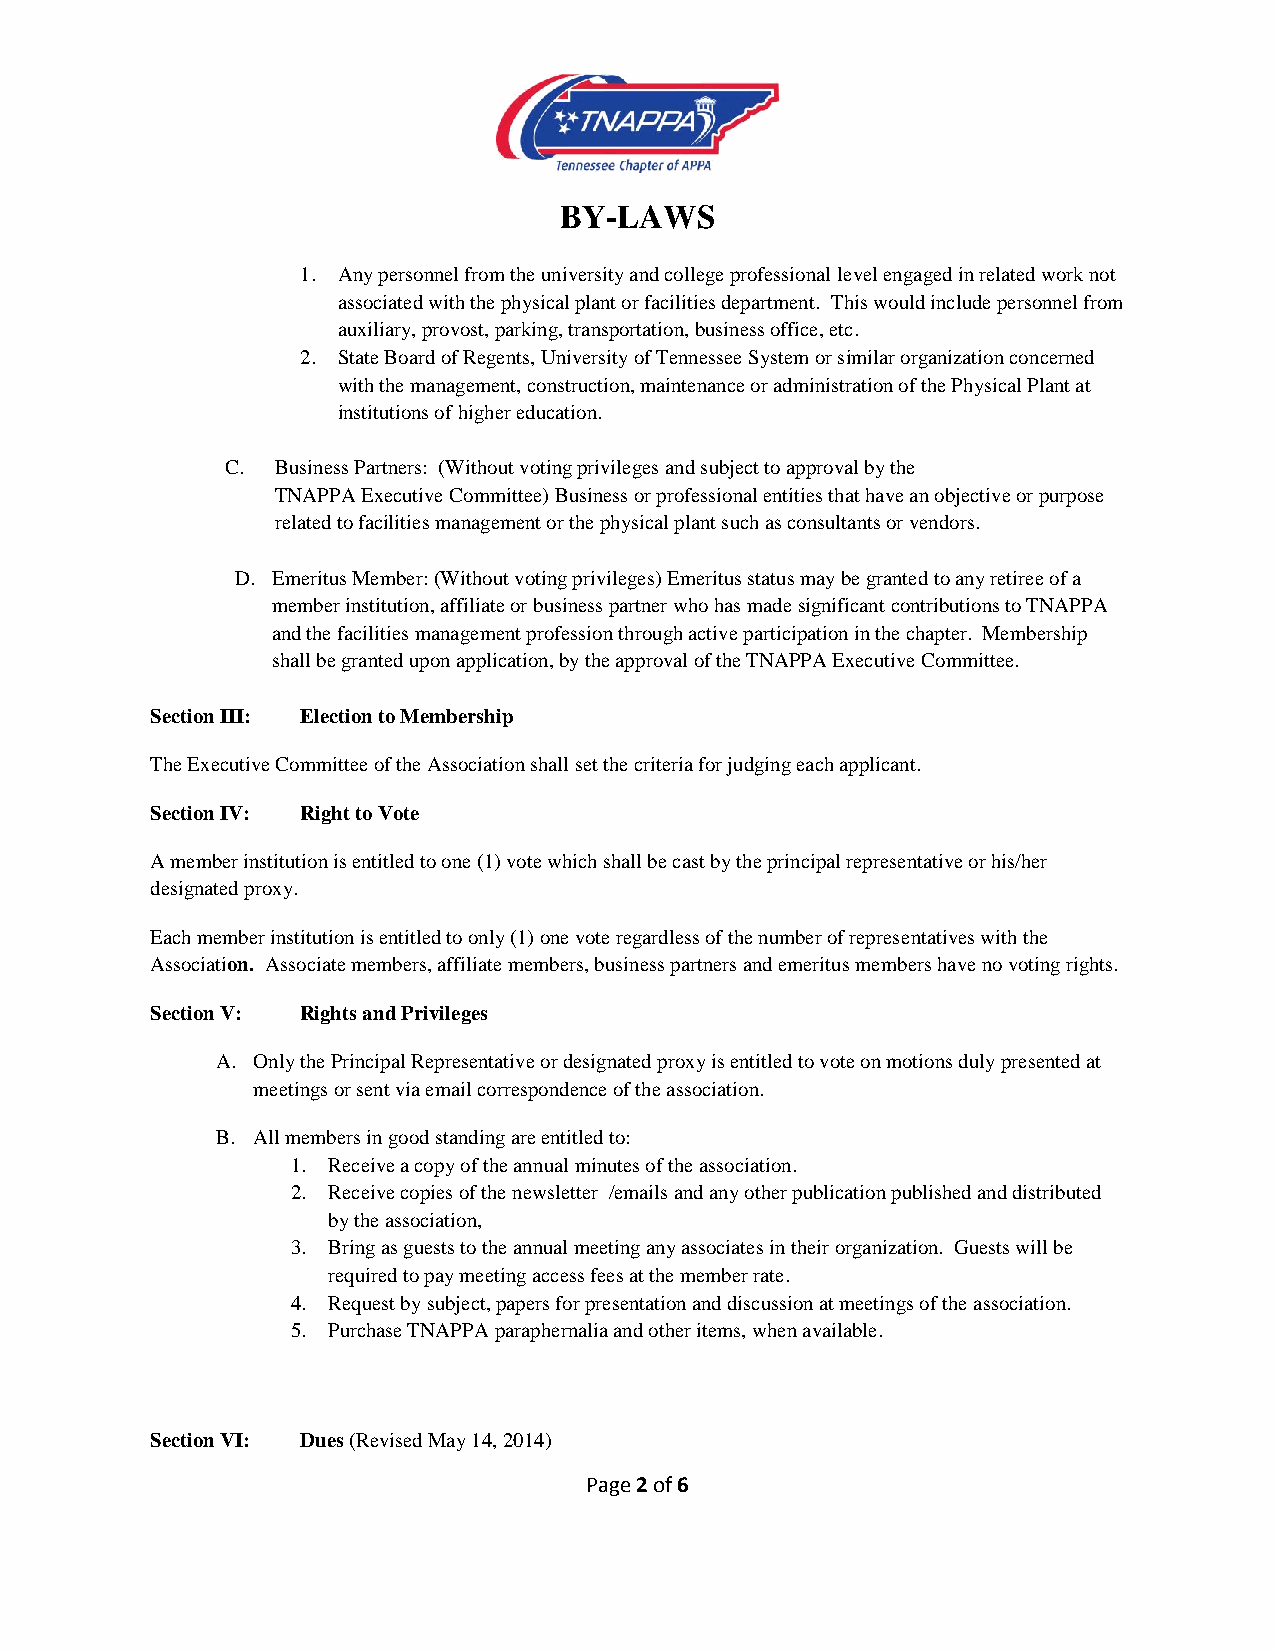
BY-LAWS
 1. Any personnel from the university and college professional level engaged in related work not
 associated with the physical plant or facilities department. This would include personnel from
 auxiliary, provost, parking, transportation, business office, etc.
 2. State Board of Regents, University of Tennessee System or similar organization concerned
 with the management, construction, maintenance or administration of the Physical Plant at
 institutions of higher education.
 C. Business Partners: (Without voting privileges and subject to approval by the
 TNAPPA Executive Committee) Business or professional entities that have an objective or purpose
 related to facilities management or the physical plant such as consultants or vendors.
 D. Emeritus Member: (Without voting privileges) Emeritus status may be granted to any retiree of a
 member institution, affiliate or business partner who has made significant contributions to TNAPPA
 and the facilities management profession through active participation in the chapter. Membership
 shall be granted upon application, by the approval of the TNAPPA Executive Committee.
 Section III: Election to Membership
 The Executive Committee of the Association shall set the criteria for judging each applicant.
 Section IV: Right to Vote
 A member institution is entitled to one (1) vote which shall be cast by the principal representative or his/her
 designated proxy.
 Each member institution is entitled to only (1) one vote regardless of the number of representatives with the
 Association. Associate members, affiliate members, business partners and emeritus members have no voting rights.
 Section V: Rights and Privileges
 A. Only the Principal Representative or designated proxy is entitled to vote on motions duly presented at
 meetings or sent via email correspondence of the association.
 B. All members in good standing are entitled to:
 1. Receive a copy of the annual minutes of the association.
 2. Receive copies of the newsletter /emails and any other publication published and distributed
 by the association,
 3. Bring as guests to the annual meeting any associates in their organization. Guests will be
 required to pay meeting access fees at the member rate.
 4. Request by subject, papers for presentation and discussion at meetings of the association.
 5. Purchase TNAPPA paraphernalia and other items, when available.
 Section VI: Dues (Revised May 14, 2014)
 Page 2 of 6